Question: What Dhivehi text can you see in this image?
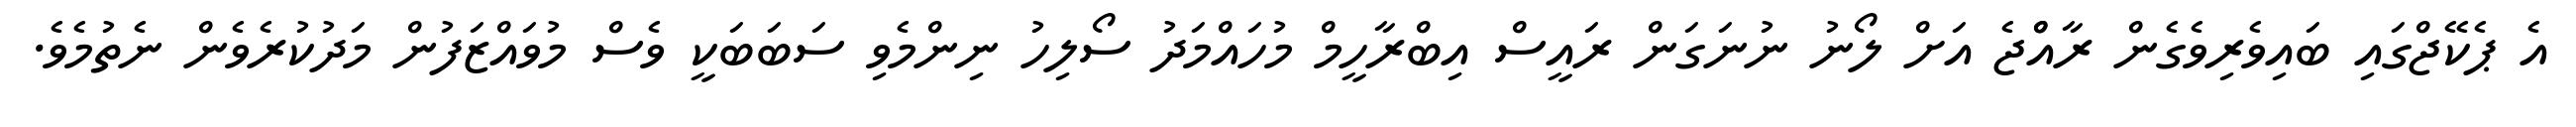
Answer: އެ ޕެކޭޖްގައި ބައިވެރިވެގެން ރާއްްޖެ އަށް ލޯނު ނުނަގަން ރައީސް އިބްރާހީމް މުހައްމަދު ސޯލިހު ނިންމެވި ސަބަބަކީ ވެސް މުވައްޒަފުން މަދުކުރެވެން ނެތުމެވެ.